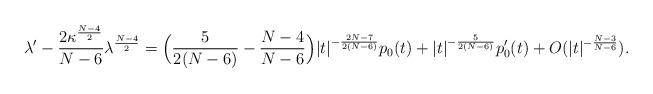
LaTeX: \begin{align*} \lambda' - \frac{2\kappa^\frac{N-4}{2}}{N-6}\lambda^\frac{N-4}{2} = \Big(\frac{5}{2(N-6)} - \frac{N-4}{N-6}\Big)|t|^{-\frac{2N-7}{2(N-6)}}p_0(t) + |t|^{-\frac{5}{2(N-6)}}p_0'(t) + O(|t|^{-\frac{N-3}{N-6}}). \end{align*}